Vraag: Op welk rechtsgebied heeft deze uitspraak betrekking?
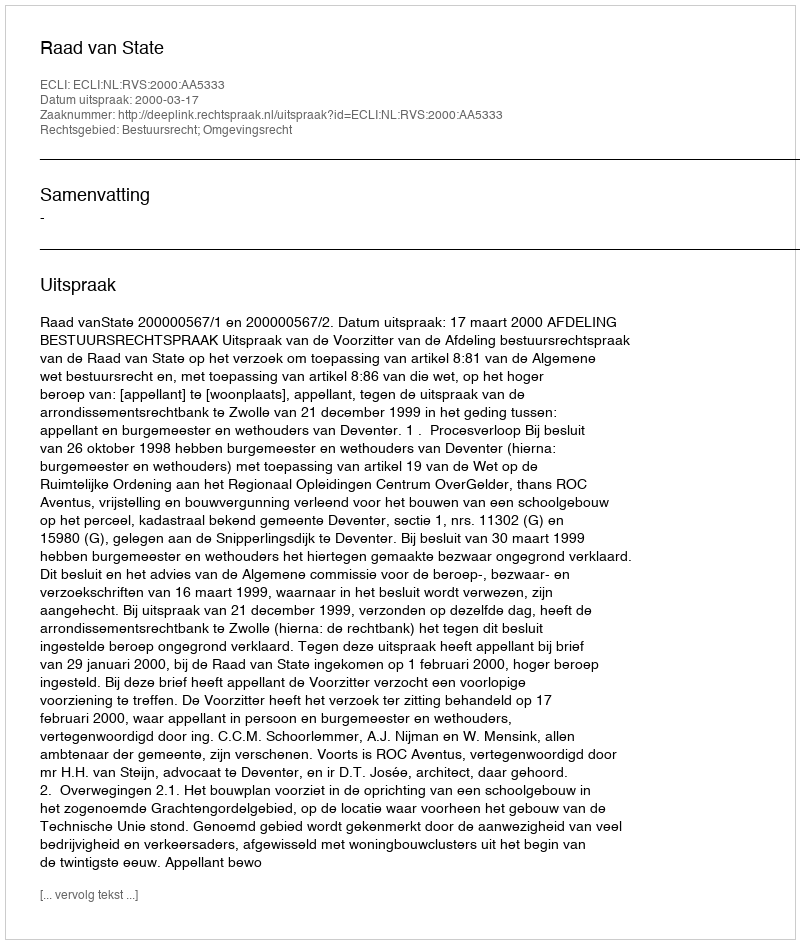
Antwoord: Bestuursrecht; Omgevingsrecht